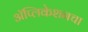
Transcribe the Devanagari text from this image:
अॅप्लिकेशनचा